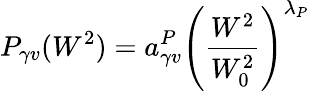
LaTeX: P_{\gamma v}(W^{2})=a_{\gamma v}^{P}\left({\frac{W^{2}}{W_{0}^{2}}}\right)^{\lambda_{P}}